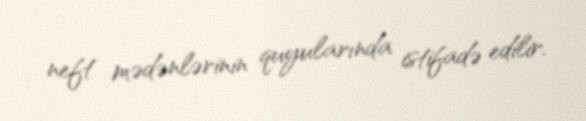
neft mədənlərinin quyularında istifadə edilir.